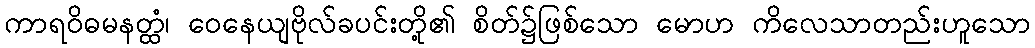
ကာရဝိဓမနတ္ထံ၊ ဝေနေယျဗိုလ်ခပင်းတို့၏ စိတ်၌ဖြစ်သော မောဟ ကိလေသာတည်းဟူသော